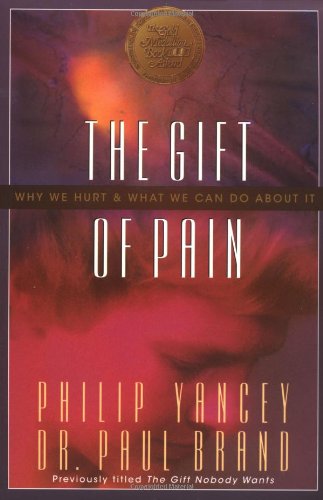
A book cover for Gift of Pain, The; Paul Brand; Biographies & Memoirs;